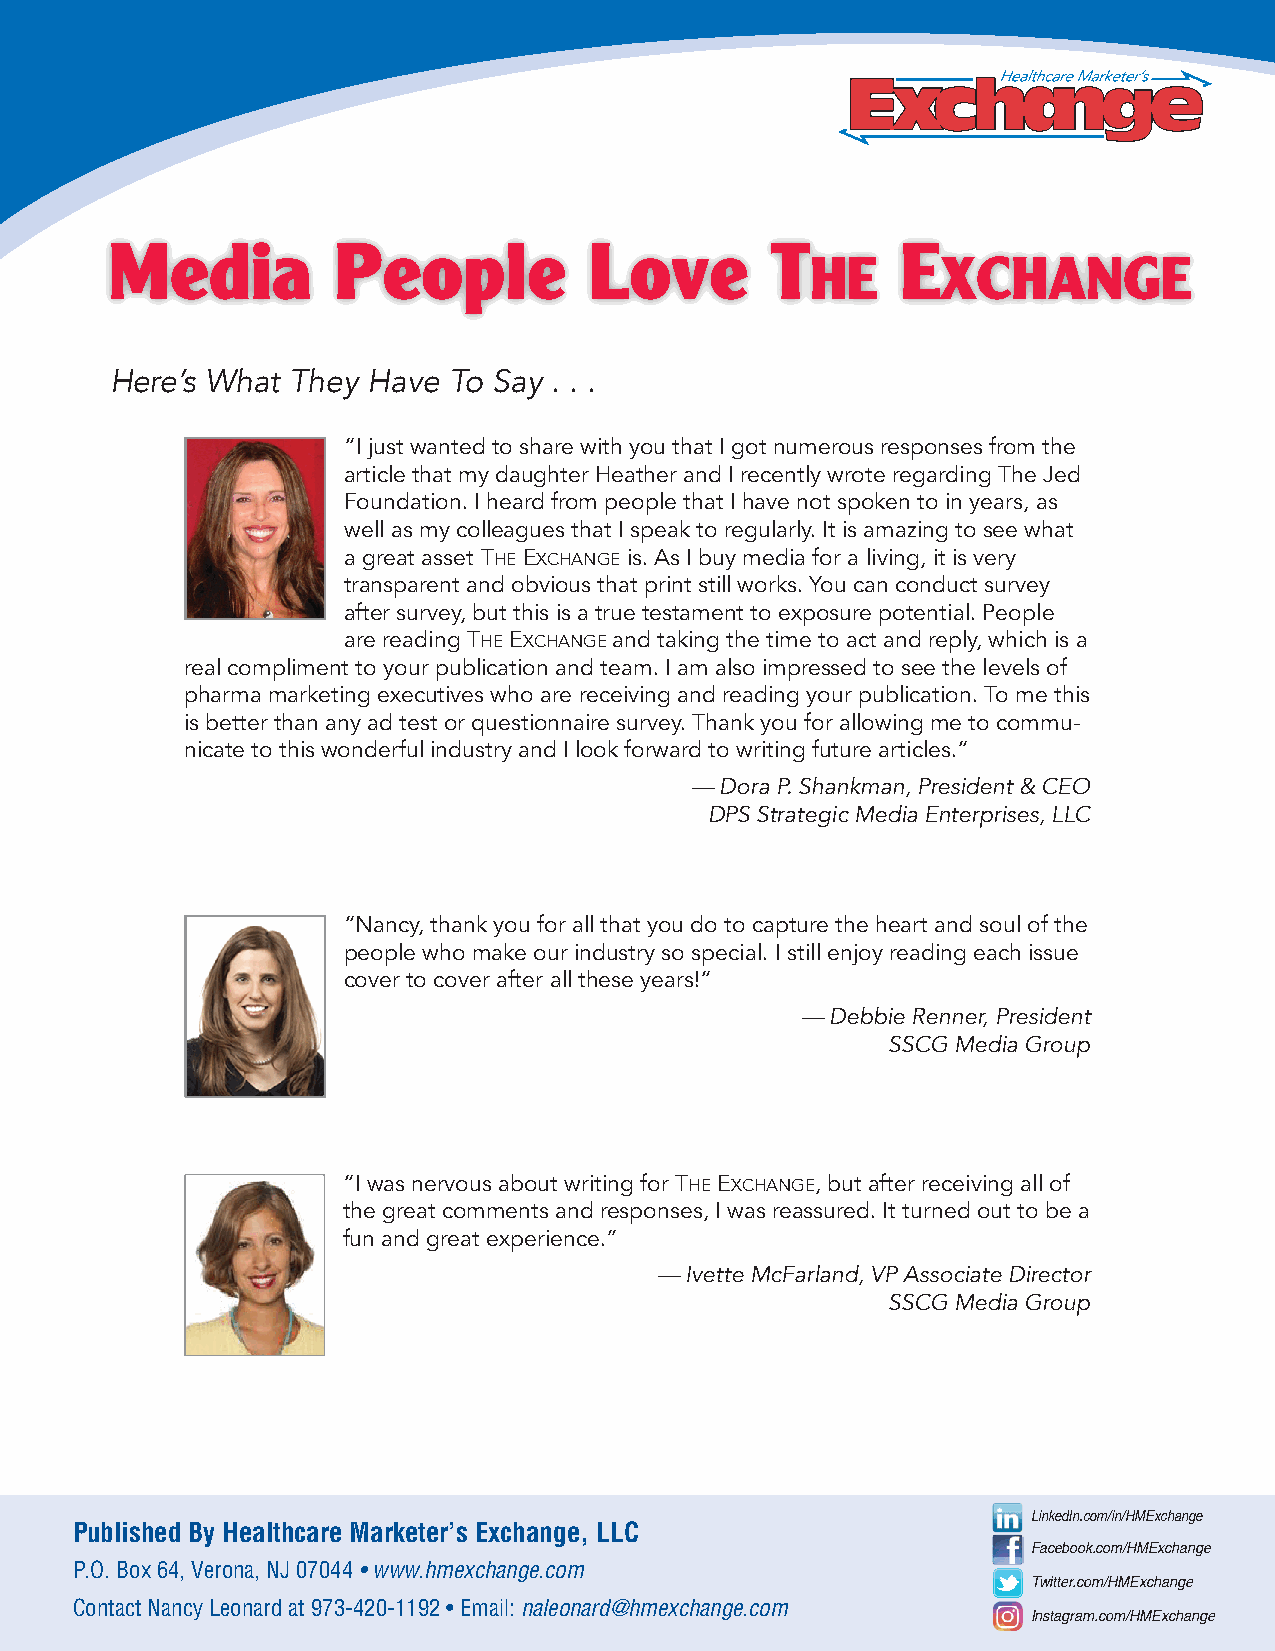
Media          People           Love        T        e
 he      xchange
 Here’s What They Have  To Say . . .
 “I just wanted to share with you that I got numerous responses from the
 article that my daughter Heather and I recently wrote regarding The Jed
 Foundation. I heard from people that I have not spoken to in years, as
 well as my colleagues that I speak to regularly. It is amazing to see what
 a great asset The exchange is. As I buy media for a living, it is very
 transparent and obvious that print still works. You can conduct survey
 after survey, but this is a true testament to exposure potential. People
 are reading The exchange and taking the time to act and reply, which is a
 real compliment to your publication and team. I am also impressed to see the levels of
 pharma marketing executives who are receiving and reading your publication. To me this
 is better than any ad test or questionnaire survey. Thank you for allowing me to commu-
 nicate to this wonderful industry and I look forward to writing future articles.“
 — Dora P. Shankman, President & CEO
 DPS Strategic Media Enterprises, LLC
 “Nancy, thank you for all that you do to capture the heart and soul of the
 people who make our industry so special. I still enjoy reading each issue
 cover to cover after all these years!“
 — Debbie Renner, President
 SSCG Media Group
 “I was nervous about writing for The exchange, but after receiving all of
 the great comments and responses, I was reassured. It turned out to be a
 fun and great experience.”
 — Ivette McFarland, VP Associate Director
 SSCG Media Group
 LinkedIn.com/in/HMExchange
 Published By Healthcare Marketer’s Exchange, LLC
 Facebook.com/HMExchange
 P.O. Box 64, Verona, NJ 07044 • www.hmexchange.com
 Twitter.com/HMExchange
 Contact Nancy Leonard at 973-420-1192 • Email: naleonard@hmexchange.com
 Instagram.com/HMExchange